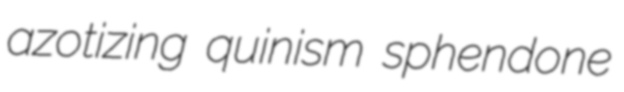
azotizing quinism sphendone